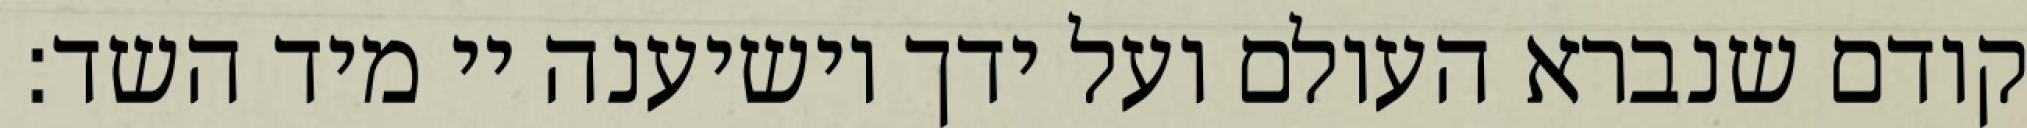
קודם שנברא העולם ועל ידך יושיענה יי מיד השד: